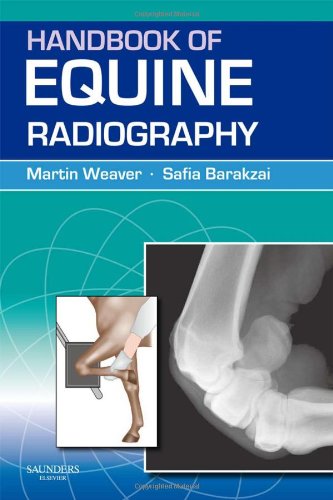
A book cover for Handbook of Equine Radiography, 1e; Martin Weaver BVMS  PhD  Dr.Med.Vet.  DipVet Radiology  MRCVS; Medical Books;